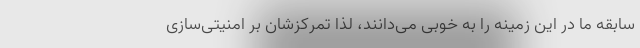
سابقه ما در این زمینه را به خوبی می‌دانند، لذا تمرکزشان بر امنیتی‌سازی